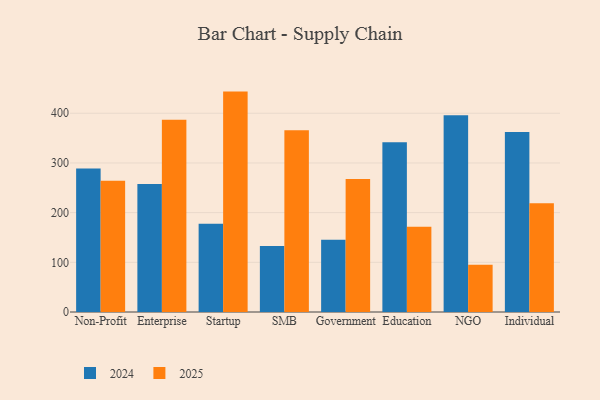
{"axis": {"x": "Segment", "y": "Headcount"}, "legend": ["2024", "2025"], "data": [{"x": "Non-Profit", "y": 288.8, "type": "2024"}, {"x": "Non-Profit", "y": 264.4, "type": "2025"}, {"x": "Enterprise", "y": 257.5, "type": "2024"}, {"x": "Enterprise", "y": 386.7, "type": "2025"}, {"x": "Startup", "y": 177.6, "type": "2024"}, {"x": "Startup", "y": 443.6, "type": "2025"}, {"x": "SMB", "y": 132.6, "type": "2024"}, {"x": "SMB", "y": 365.8, "type": "2025"}, {"x": "Government", "y": 145.6, "type": "2024"}, {"x": "Government", "y": 267.9, "type": "2025"}, {"x": "Education", "y": 341.8, "type": "2024"}, {"x": "Education", "y": 171.4, "type": "2025"}, {"x": "NGO", "y": 395.8, "type": "2024"}, {"x": "NGO", "y": 95.1, "type": "2025"}, {"x": "Individual", "y": 362.2, "type": "2024"}, {"x": "Individual", "y": 218.8, "type": "2025"}]}